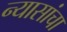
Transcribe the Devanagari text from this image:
न्यासांचा